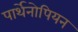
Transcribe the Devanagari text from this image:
पार्थेनोपियन